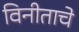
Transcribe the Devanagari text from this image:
विनीताचे